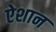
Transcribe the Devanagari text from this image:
ऐशान